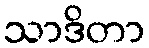
သာဒိတာ